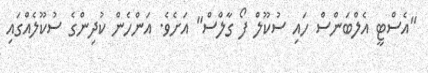
"އެސްޓީ އެލްބަންސް ހައި ސުކޫލް ފޯ ގާލްސް" އަށެވެ. އަންހެން ކުދިންގެ ސުކޫލެއްގައި